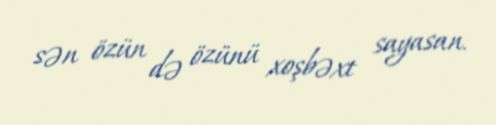
sən özün də özünü xoşbəxt sayasan.